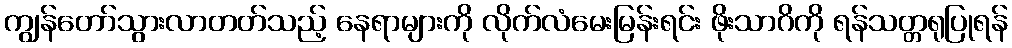
ကျွန်တော်သွားလာတတ်သည့် နေရာများကို လိုက်လံမေးမြန်းရင်း ဖိုးသာဂိကို ရန်သတ္တရုပြုရန်